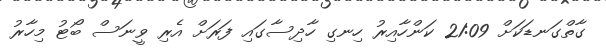
ގާތްގަނޑަކަށް 21:09 ކަންހާއިރު ހިނގި ހާދިސާގައި ފަރަށް އެރި ވީނަސް ބޯޓު މިހާރު